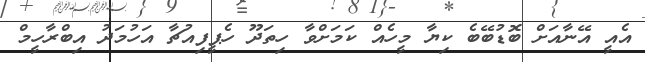
އެއީ އޭނާއަށް ބޮޑުބޭބެ ކިޔާ މީހެއް ކަމަށްވާ ހިތަދޫ ހެޕީފިއުޗާ އަހުމަދު އިބްރާހީމް